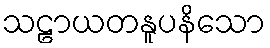
သဠာယတနူပနိသော